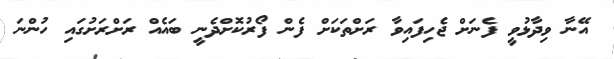
އޭނާ ވިދާޅުވީ ފެނަށް ޖެހިފައިވާ ރަށްތަކަށް ފެން ފޯރުކޮށްދެނީ ބައެއް ރަށްރަށުގައި ހުންނަ